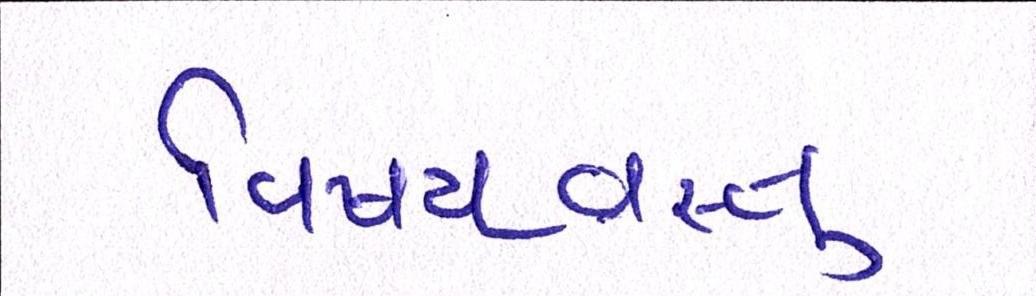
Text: વિષયવસ્તુ